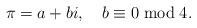
LaTeX: \begin{align*}\pi = a+bi,\ \ \ b\equiv 0\bmod 4.\end{align*}